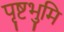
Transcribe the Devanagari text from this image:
पृष्टभुमि